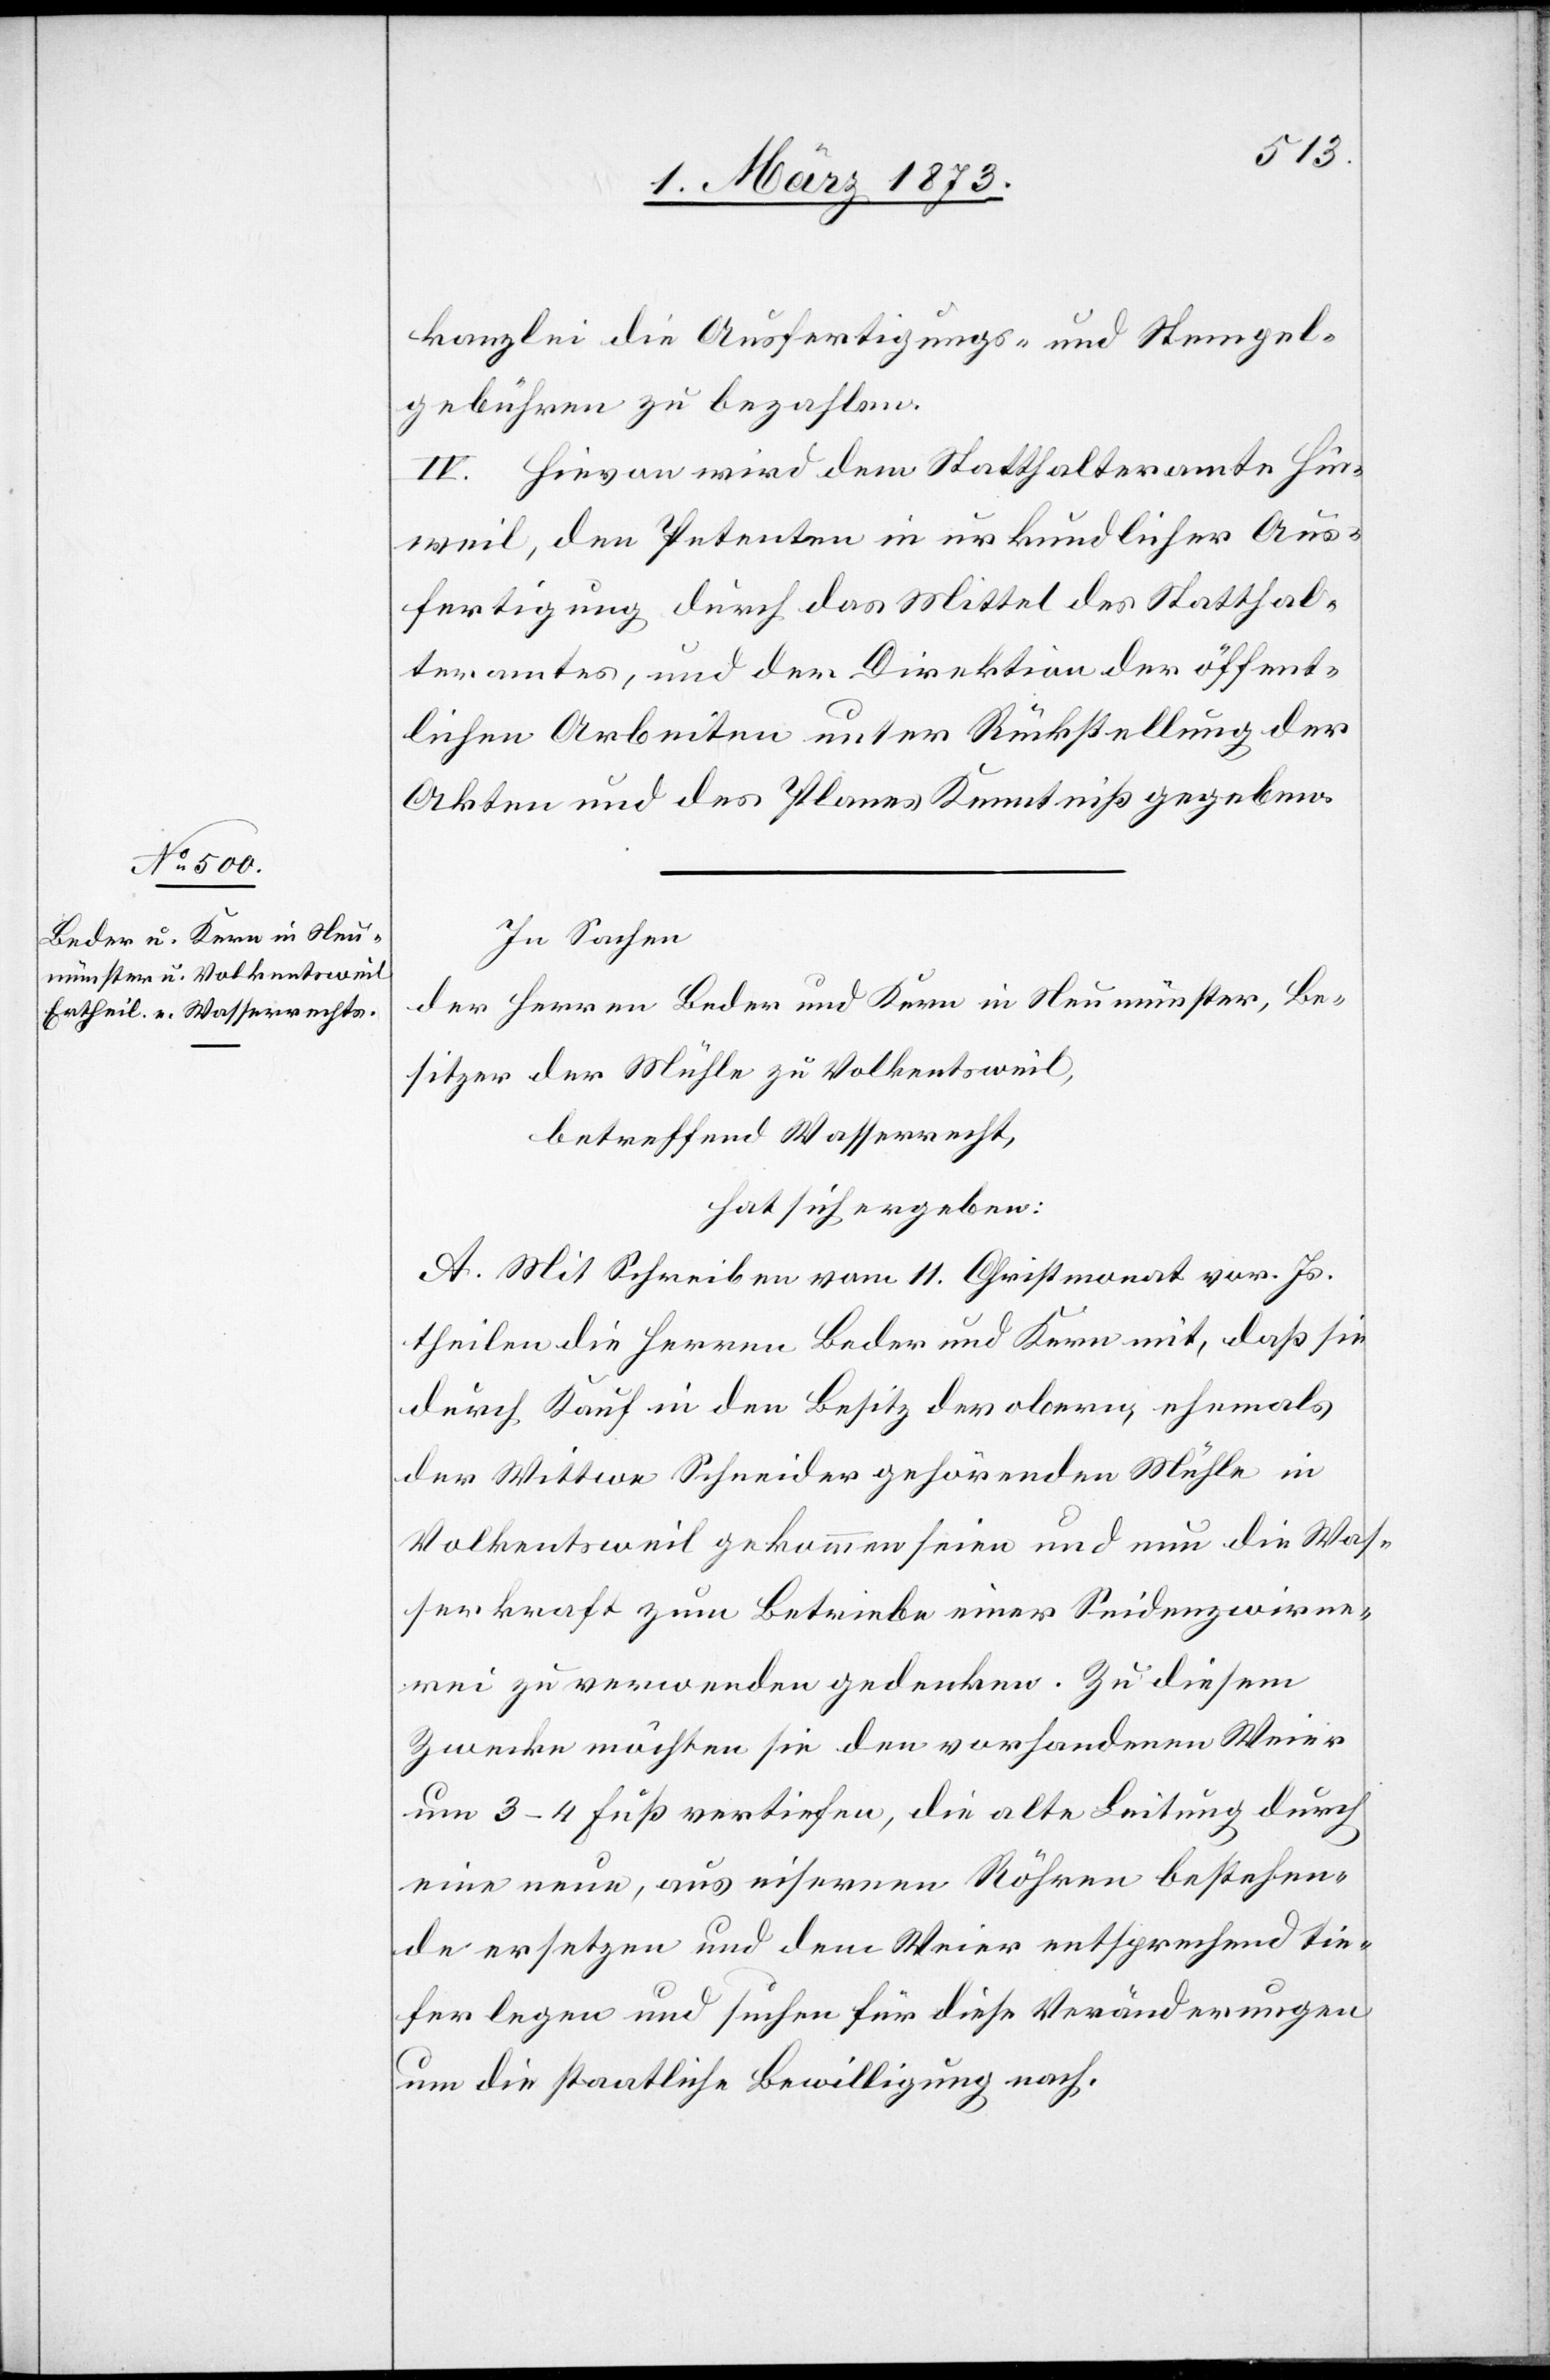
Kanzlei die Ausfertigungs- und Stempel¬
gebühren zu bezahlen.
IV. Hievon wird dem Statthalteramte Hin¬
weil, den Petenten in urkundlicher Aus¬
fertigung durch das Mittel des Statthal¬
teramtes, und der Direktion der öffent¬
lichen Arbeiten unter Rückstellung der
Akten und des Planes Kenntniß gegeben.
In Sachen
der Herren Beder und Kern in Neumünster, Be¬
sitzer der Mühle zu Volkentsweil,
betreffend Wasserrecht,
hat sich ergeben:
A. Mit Schreiben vom 11. Christmonat vor. Js.
theilen die Herren Beder und Kern mit, daß sie
durch Kauf in den Besitz der obern, ehemals
der Wittwe Schneider gehörenden Mühle in
Volkentsweil gekommen seien und nun die Was¬
serkraft zum Betriebe einer Seidenzwirne¬
rei zu verwenden gedenken. Zu diesem
Zwecke möchten sie den vorhandenen Weier
um 3–4 Fuß vertiefen, die alte Leitung durch
eine neue, aus eisernen Röhren bestehen¬
de ersetzen und dem Weier entsprechend tie¬
fer legen und suchen für diese Veränderungen
um die staatliche Bewilligung nach.